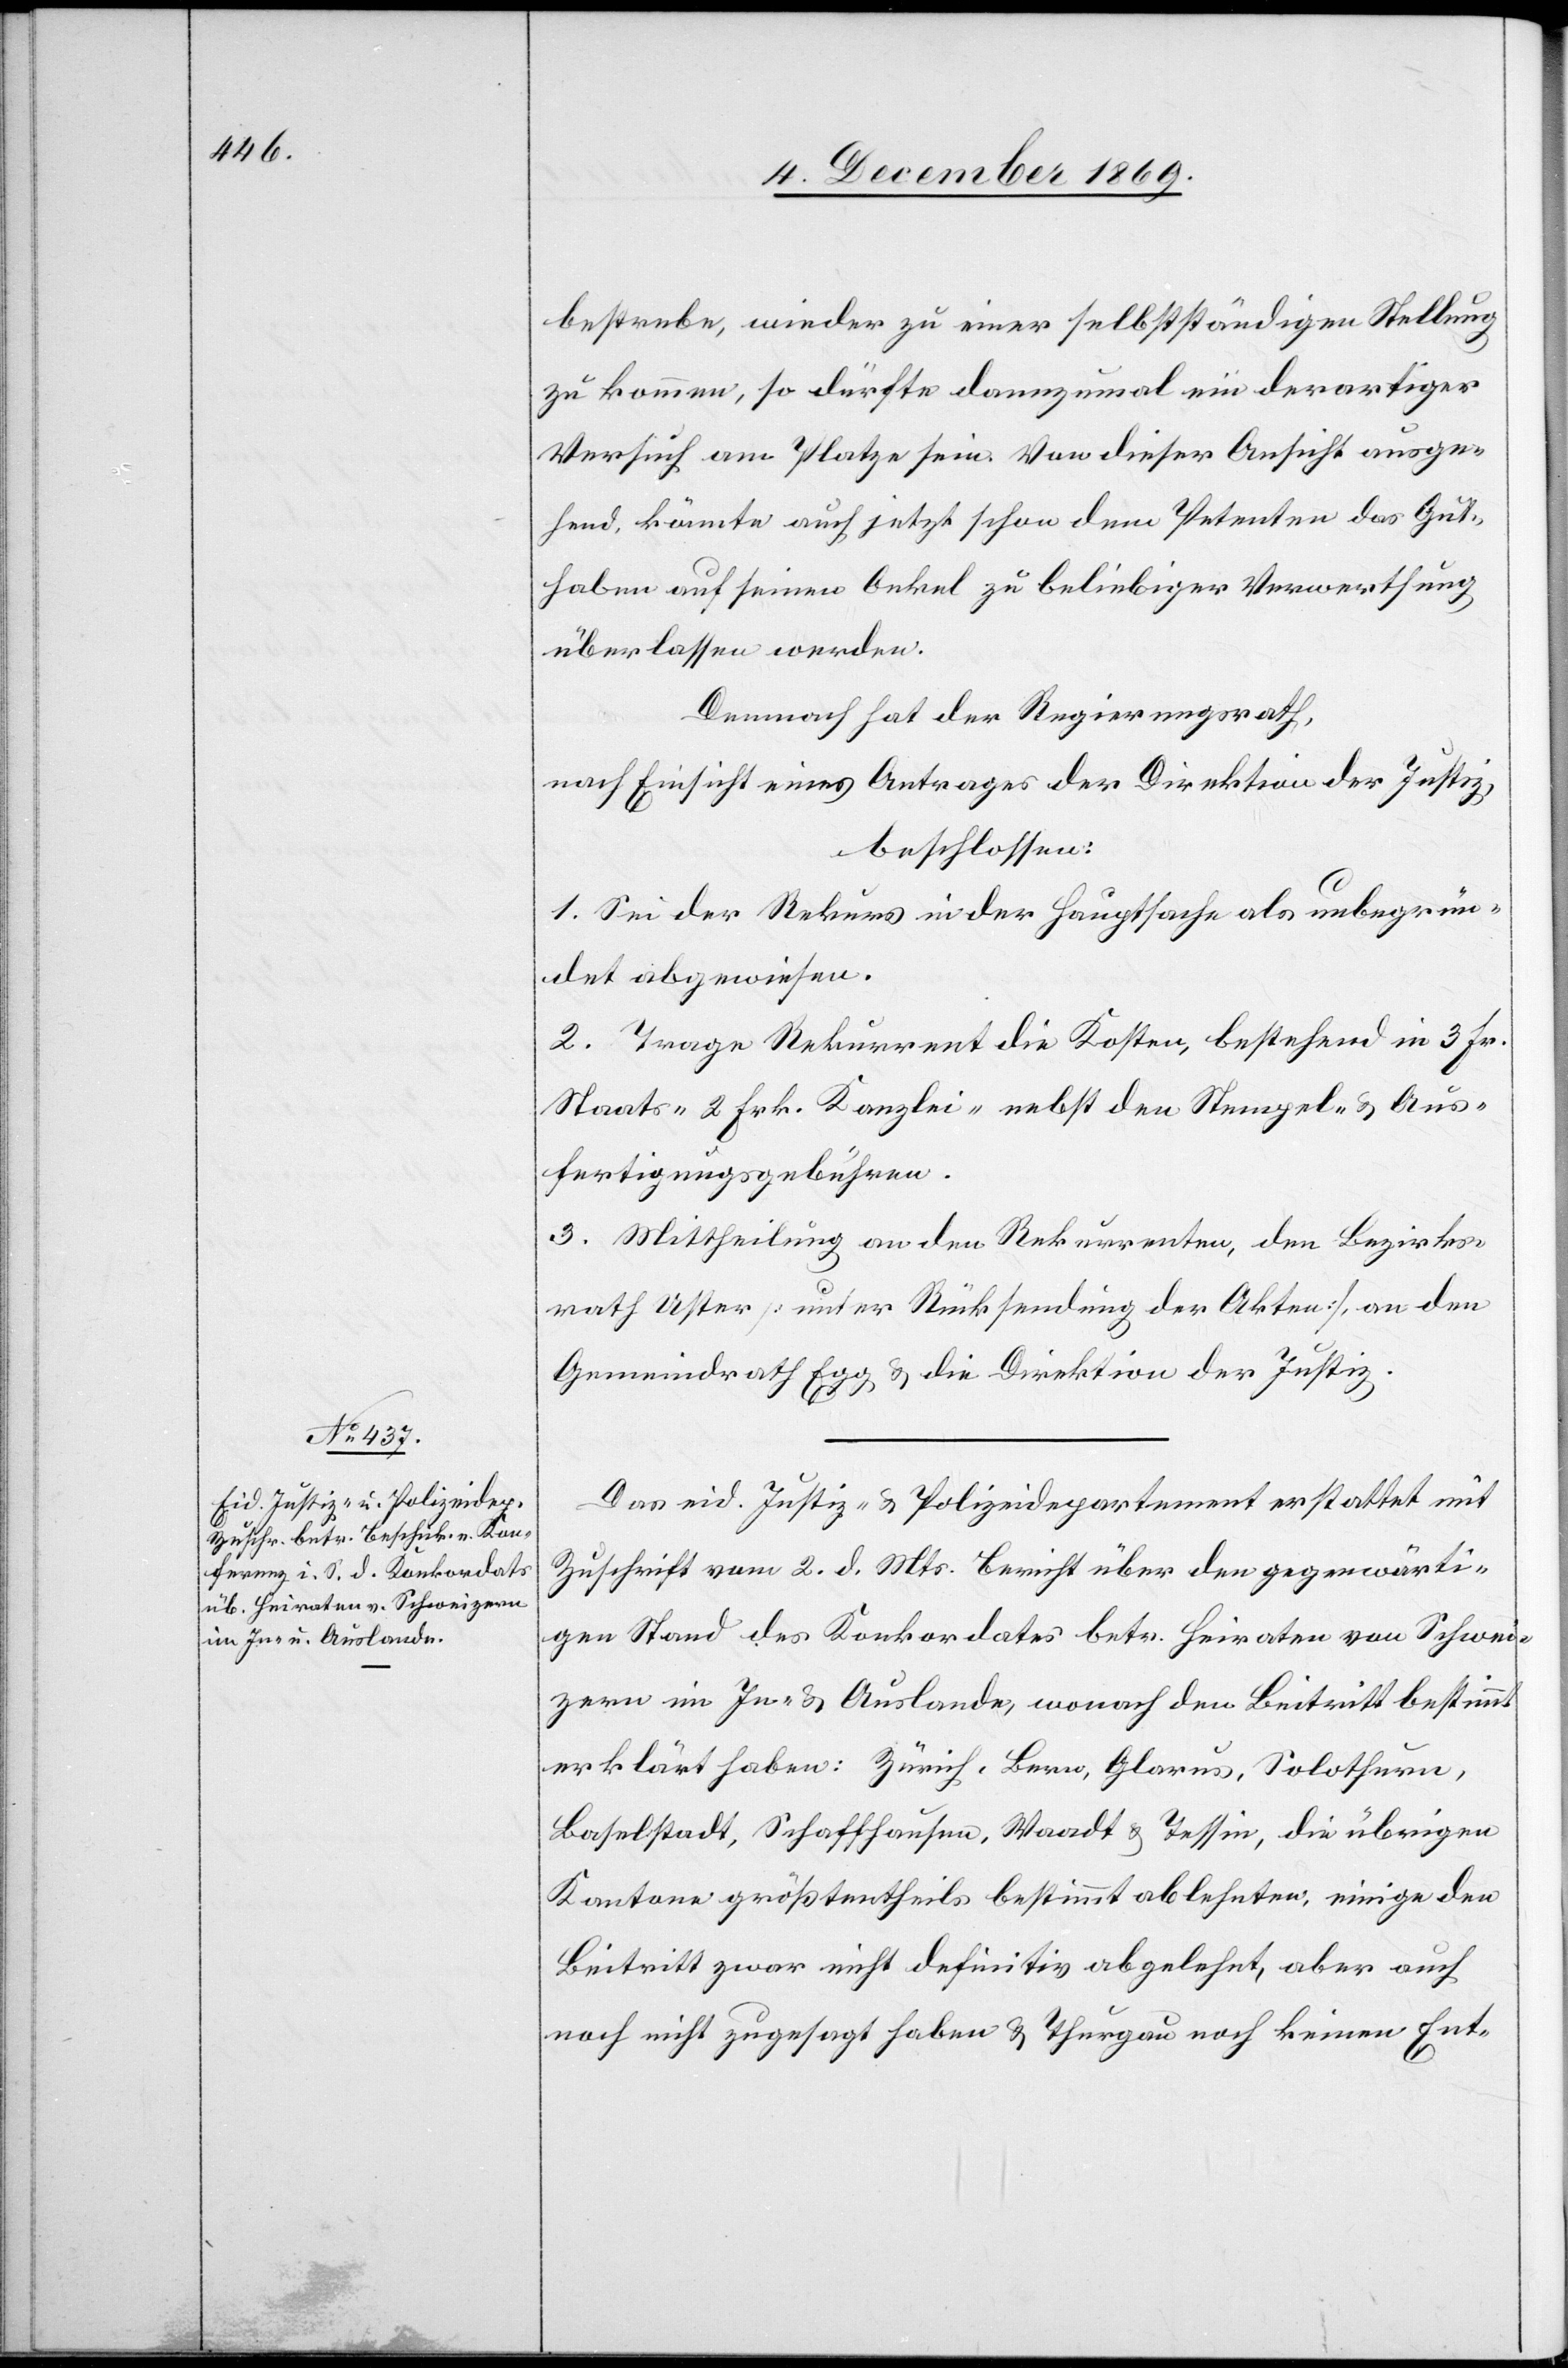
bestrebe, wieder zu einer selbstständigen Stellung
zu kommen, so dürfte dannzumal ein derartiger
Versuch am Platze sein. Von dieser Ansicht ausge¬
hend, könnte auch jetzt schon dem Petenten das Gut¬
haben auf seinen Onkel zu beliebiger Verwerthung
überlassen werden.
Demnach hat der Regierungsrath,
nach Einsicht eines Antrages der Direktion der Justiz,
beschlossen:
1. Sei der Rekurs in der Hauptsache als unbegrün¬
det abgewiesen.
2. Trage Rekurrent die Kosten, bestehend in 3 Fr.
Staats-[,] 2 Frk. Kanzlei-[,] nebst den Stempel- & Aus¬
fertigungsgebühren.
3. Mittheilung an den Rekurrenten, den Bezirks¬
rath Uster [unter Rücksendung der Akten], an den
Gemeindrath Egg & die Direktion der Justiz.
Das eid. Justiz- & Polizeidepartement erstattet mit
Zuschrift vom 2. d. Mts. Bericht über den gegenwärti¬
gen Stand des Konkordates betr. Heiraten von Schwei¬
zern im In- & Auslande, wonach den Beitritt bestimmt
erklärt haben: Zürich, Bern, Glarus, Solothurn,
Baselstadt, Schaffhausen, Waadt & Tessin, die übrigen
Kantone größtentheils bestimmt ablehnten, einige den
Beitritt zwar nicht definitiv abgelehnt, aber auch
noch nicht zugesagt haben & Thurgau noch keinen Ent-